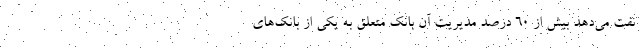
نفت می‌دهد بیش از 60 درصد مدیریت آن بانک متعلق به یکی از بانک‌های